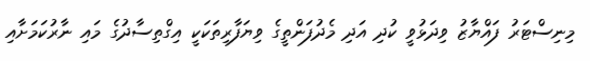
މިނިސްޓަރު ފައްޔާޒު ވިދަޅުވީ ކުދި އަދި މެދުފަންތީގެ ވިޔަފާރިތަކަކީ އިގްތިސާދުގެ މައި ނާރުކަމަށާއި